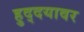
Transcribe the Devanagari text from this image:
हुद्दयावर